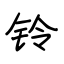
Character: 铃